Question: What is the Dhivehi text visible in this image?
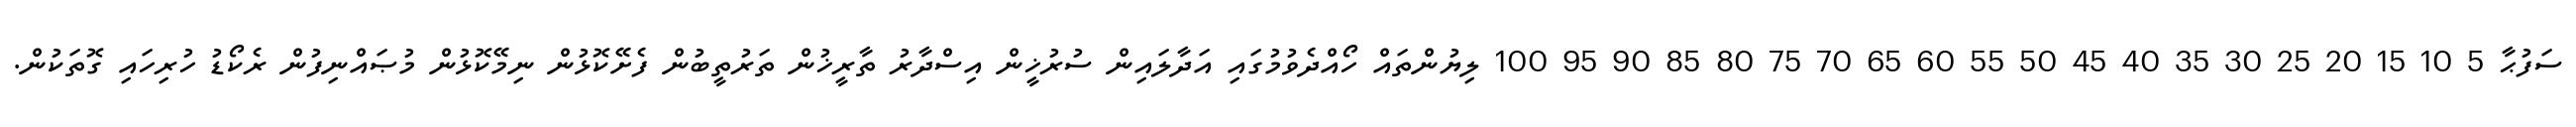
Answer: ސަފުޙާ 5 10 15 20 25 30 35 40 45 50 55 60 65 70 75 80 85 90 95 100 ލިޔުންތައް ހޯއްދެވުމުގައި އަދާލައިން ސުރުޚީން އިސްދާރު ތާރީޚުން ތަރުތީބުން ފެށޭކޮޅުން ނިމޭކޮޅުން މުޞައްނިފުން ރެކޯޑު ހުރިހައި ގޮތަކުން.